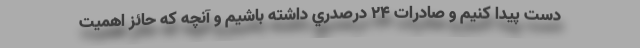
دست پيدا كنيم و صادرات 24 درصدري داشته باشيم و آنچه كه حائز اهميت